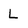
Character: L